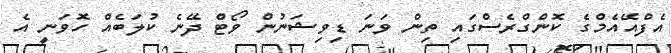
އެފްއޭއެމްގެ ކޮންގްރެސްގައި ތިން ވަނަ ޑިވިޝަނުން ވޯޓް ދޭނެ ކުލަބެއް ހޮވަނީ އެ